Riigikohus_(kohtuotsuste_protokollid), lk 16
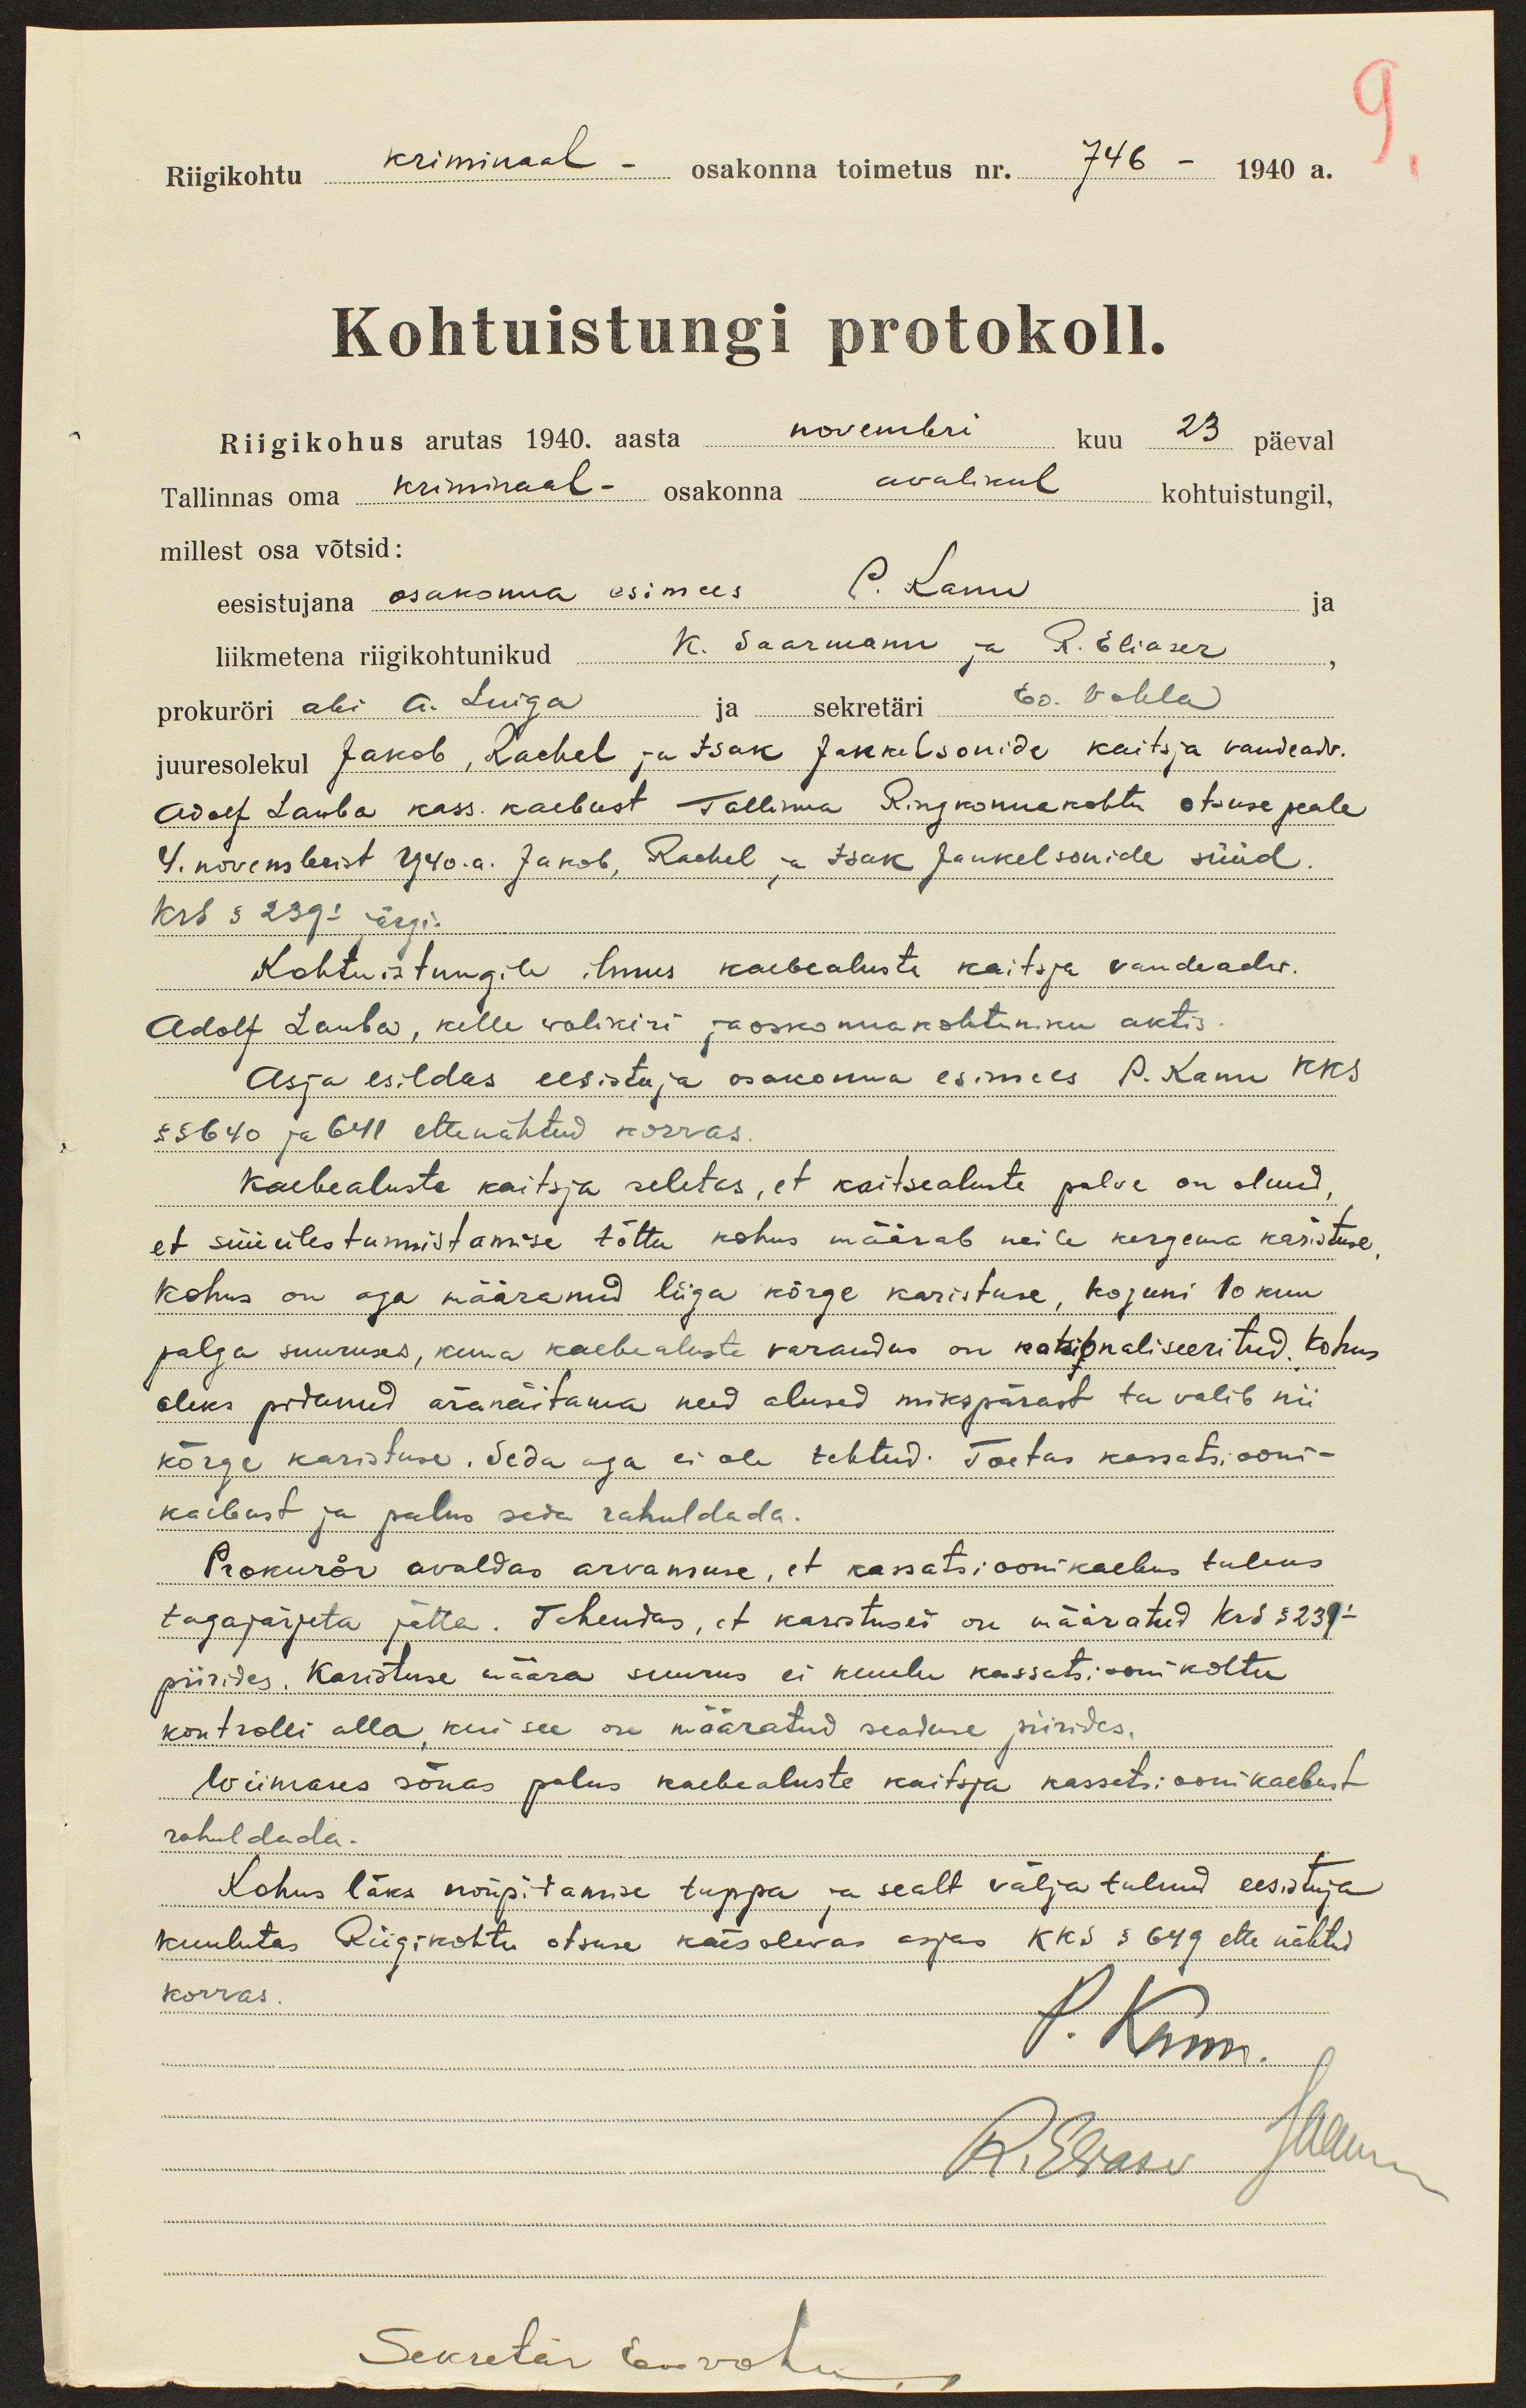
Riigikohtu kriminaal osakonna toimetus nr. 746 - 1940 a.
Kohtuistungi protokoll.
Riigikohus arutas 1940. aasta novembri kuu 23 päeval
Tallinnas oma kriminaal osakonna avalikul kohtustungil,
millest osa võtsid:
eesistujana osakonna esimees P. Kann
liikmetena riigikohtunikud K. Saarmann ja R. Eliaser
prokuröri abi A. Luiga ja sekretäri Ed. Vahla
juuresolekul Jakob, Rachel ja Isak Jankelsoni'de kaitsja vandeadv.
Adolf Lauba kass. kaebust Tallinna Ringkonnakohtu otsuse peale
4. novembrist 1940.a. Jakob, Rachel ja Isak Jankelsonide süüd.
KrS § 239l järgi.
Kohtuistungile ilmus kaebealuste kaitsja vandeaadw.
Adolf Lauba, kelle volikiri jaoskonna kohtuniku aktis
Asja esildas eesistuja osakonna esimees P. Kann KKS
§ 5640 ja 641 ettenähtud korras
Kaebaaluste kaitsja seletas, et kaitsealuste palve on olnud,
et süü üles tunnistamise tõttu kohus määrab neile kergema karistuse,
kohus on aga määranud liiga kõrge karistuse, koguni 10 kuu
palga suuruses, kuna kaebealuste varandus on nationaliseeritud. Kohus
oleks pidanud äranäitama need alused mikspärast ta valib nii
kõrge karistuse. Seda aga ei ole tehtud. Toetas kassatsiooni-
kaebust ja palus seda rahuldada.
Prokurör avaldas arvamuse, et kassatsioonikaebus tuleks
tagajärjeta jätta. Tähendas, et karistused on määratud krS § 239l
piirides. Karistuse määra suurus ei kuulu kassatsioonikohtu
kontrolli alla, kui see on määratud seaduse piirides.
Wiimaks sõna palus kaebealuste kaitsja kassatsioonikaebust
rahuldada.
Kohus läks nõupidamise tuppa ja sealt välja tulnud eesistuja
kuulutas Riigikohtu otsuse käesolevas asjas KKS § 649 ette nähtud
korras.